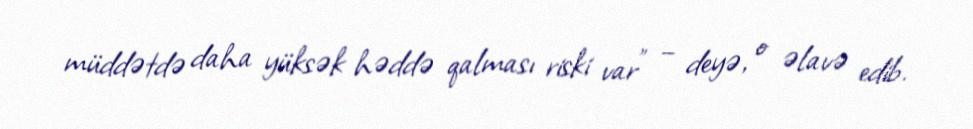
müddətdə daha yüksək həddə qalması riski var" – deyə, o əlavə edib.